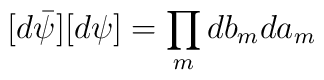
[d\bar\psi][d\psi]=\prod_mdb_mda_m